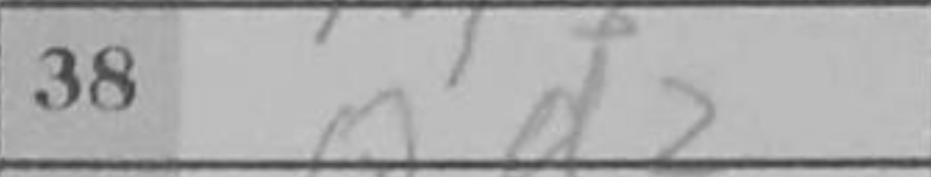
Transcription: Qd2